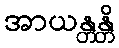
အာယန္တန္တိ